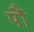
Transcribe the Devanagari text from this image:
पौं